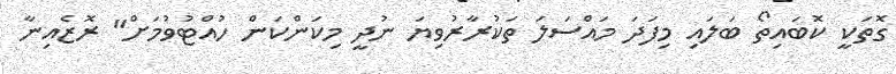
ގޮތަކީ ކޮބައިތޯ ބަލައި މިފަދަ މައްސަލަ ތަކުރާރުވިޔަ ނުދީ މިކަންކަން ހުއްޓުވުމަށް" ރޮޒެއިނާ